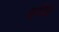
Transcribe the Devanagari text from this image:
धर्मयां